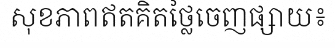
សុខភាពឥតគិតថ្លៃចេញផ្សាយ៖